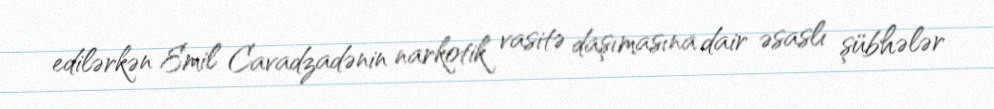
edilərkən Emil Cavadzadənin narkotik vasitə daşımasına dair əsaslı şübhələr